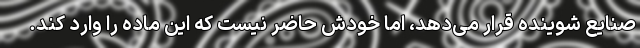
صنایع شوینده قرار می‌دهد، اما خودش حاضر نیست که این ماده را وارد کند.